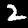
Label: 2